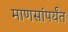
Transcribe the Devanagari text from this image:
माणसांपर्यंत